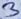
Text: 3